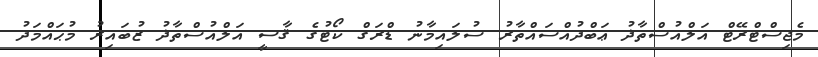
މެޖިސްޓްރޭޓް އަލްއުސްތާޛު ޢަބްދުއްސައްތާރު ސުލައިމާނު ޑްރަގް ކޯޓުގެ ޤާޟީ އަލްއުސްތާޛު ޒުބައިރު މުޙައްމަދު